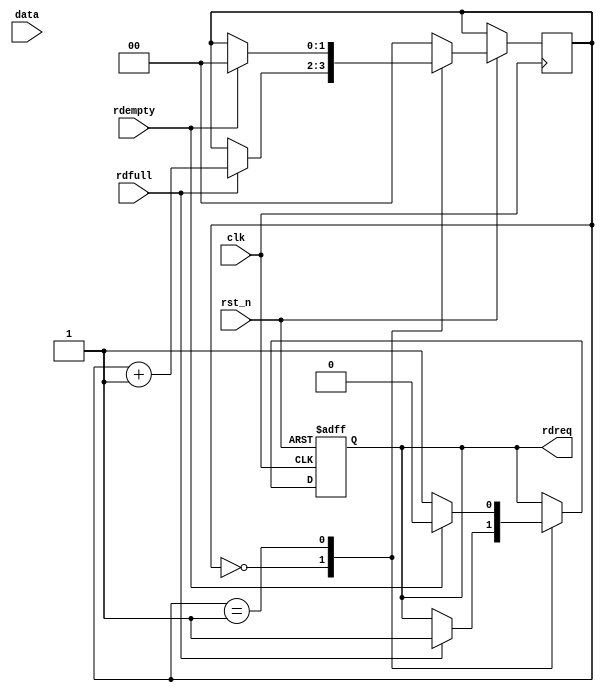
module fifo_rd(
	input 		clk,				//
	input 		rst_n,			//
	
	input [7:0] data,				//FIFO
	input 		rdfull,			//
	input 		rdempty,			//
	
	output reg	rdreq				//
);

// reg define
reg		[7:0]	data_info;		//fifo
reg		[1:0]	flow_cnt;		//


always @ (posedge clk or negedge rst_n) begin
	if(!rst_n) begin
		rdreq <= 1'b0;
		data_info <= 8'd0;
	end
	
	else begin
		case(flow_cnt)
			2'd0:	begin
				if(rdfull) begin
					rdreq <= 1'b1;
					flow_cnt <= flow_cnt + 1'b1;
				end
				else
					flow_cnt <= flow_cnt;
			end
			
			2'd1:	begin
				if(rdempty) begin
					rdreq <= 1'b0;
					data_info <= 8'd0;
					flow_cnt <= 2'd0;
				end
				else begin
					rdreq <= 1'b1;
					data_info <= data;
				end
			end
			default:	flow_cnt <= 2'd0;
		endcase
	end
end

endmodule